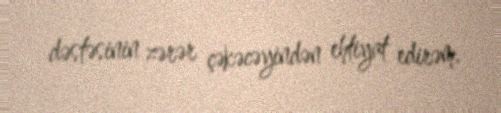
dəstəsinin zərər çəkəcəyindən ehtiyat edirəm.